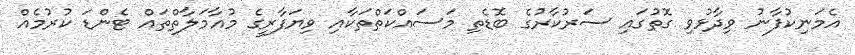
އެމަނިކުފާނު ވިދާޅުވި ގޮތުގައި ސަރުކާރުގެ ބޮޑެތި މަސައްކަތްތަކާއި ވިޔަފާރީގެ މުއާމަލާތްތައް ޓެންޑަ ކުރުމެއް